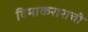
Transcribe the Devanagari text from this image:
विमाकराराची